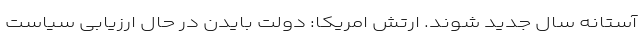
آستانه سال جدید شوند. ارتش امریکا: دولت بایدن در حال ارزیابی سیاست